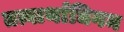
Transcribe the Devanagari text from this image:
तत्वार्थाधिगम